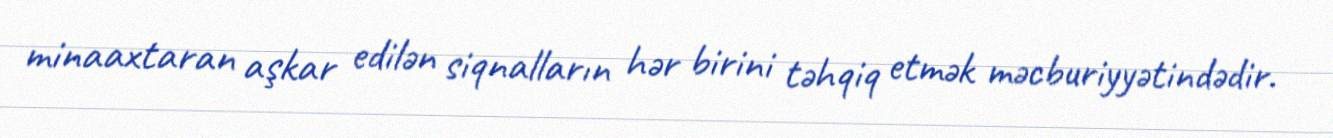
minaaxtaran aşkar edilən siqnalların hər birini təhqiq etmək məcburiyyətindədir.